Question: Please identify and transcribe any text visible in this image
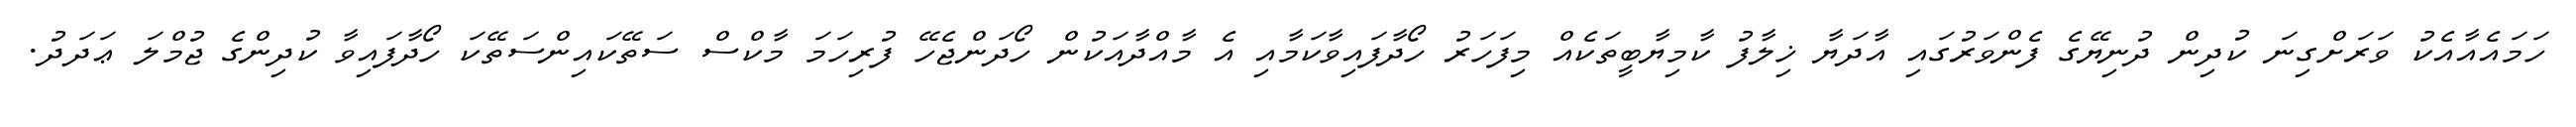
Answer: ހަމައެއާއެކު ވަރަށްގިނަ ކުދިން ދުނިޔޭގެ ފެންވަރުގައި އާދަޔާ ޚިލާފު ކާމިޔާބީތަކެއް މިފަހަރު ހޯދާފައިވާކަމާއި އެ މާއްދާއަކުން ހޯދަންޖެހޭ ފުރިހަމަ މާކްސް ސަތޭކައިންސަތޭކަ ހޯދާފައިވާ ކުދިންގެ ޖުމްލަ ޢަދަދު.